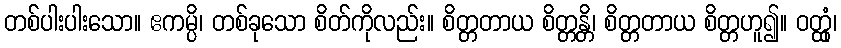
တစ်ပါးပါးသော။ ဧကမ္ပိ၊ တစ်ခုသော စိတ်ကိုလည်း။ စိတ္တတာယ စိတ္တန္တိ၊ စိတ္တတာယ စိတ္တဟူ၍။ ဝတ္ထုံ၊